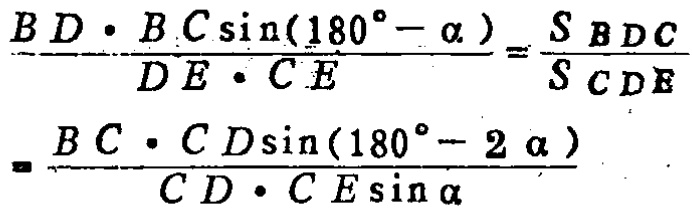
\[\frac{BD\cdot BC\sin(180^{\circ}-\alpha)}{DE\cdot CE}=\frac{S_{BDC}}{S_{CDE}}=\frac{BC\cdot CD\sin(180^{\circ}-2\alpha)}{CD\cdot CE\sin\alpha}\]